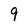
Character: 9